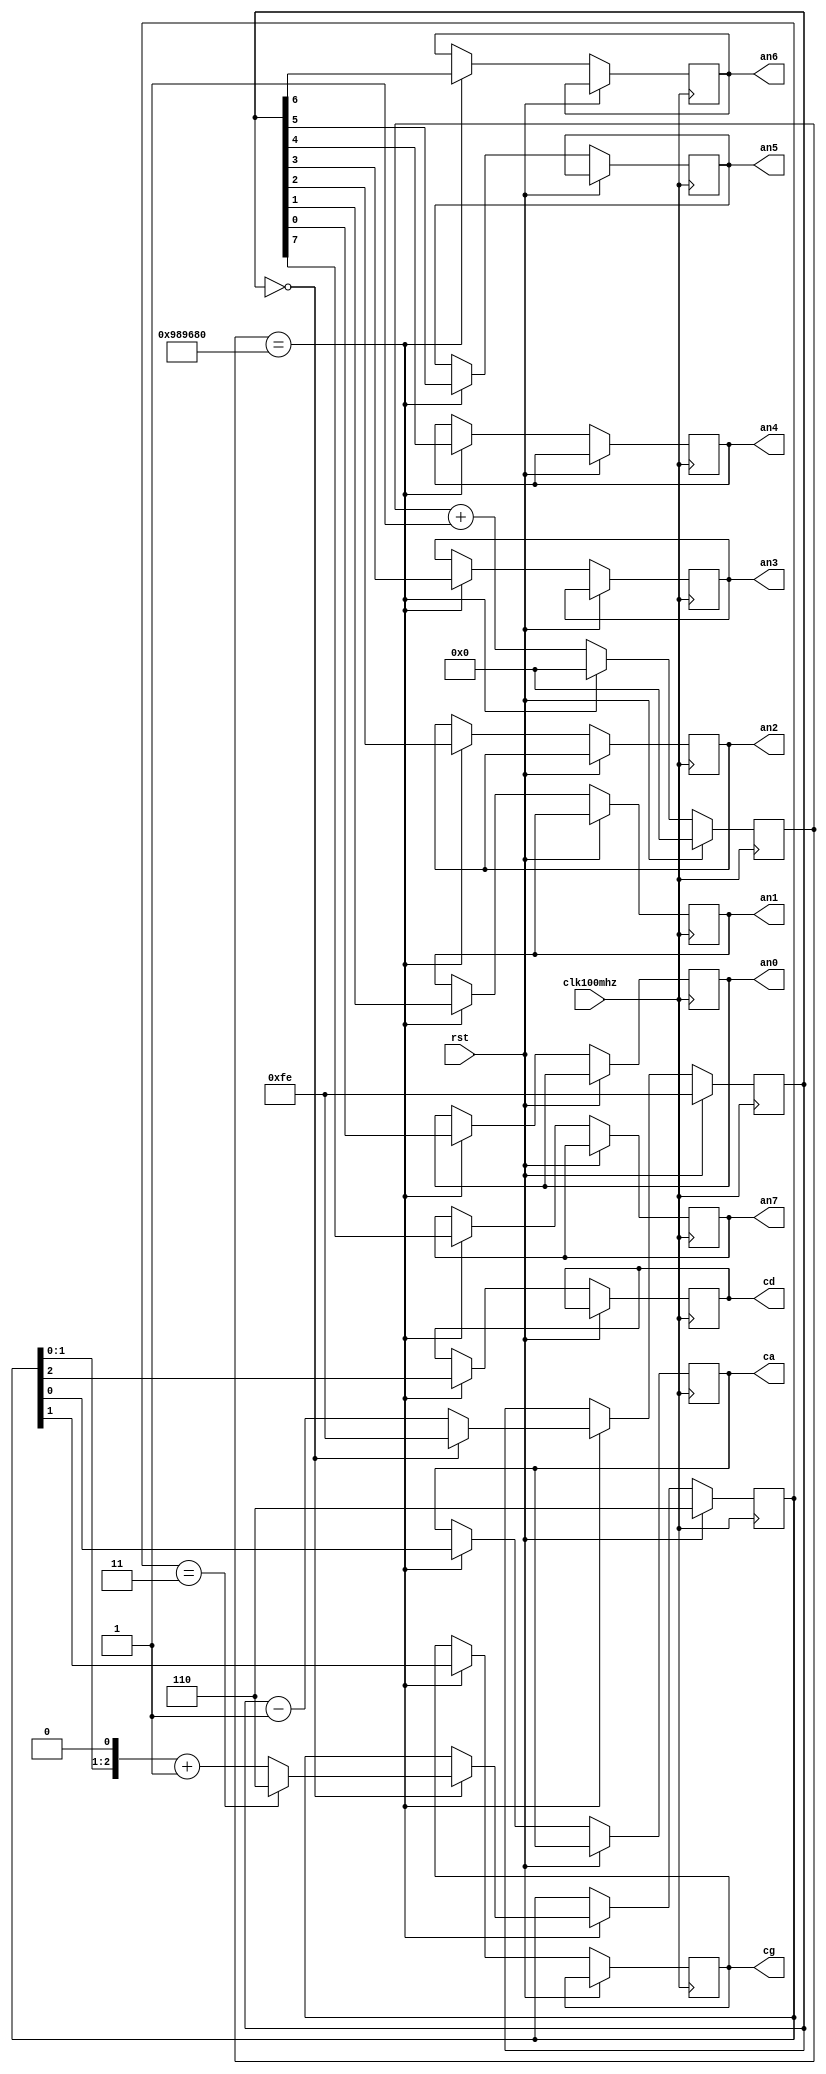
module SEGMENT(
		input clk100mhz,
		input rst,
		output ca,
		output cd,
		output cg,
		
		output an0,
		output an1,
		output an2,
		output an3,
		output an4,
		output an5,
		output an6,
		output an7
    );
	 
reg [31:0] count;
reg [7:0] an;
reg [2:0] seg;
reg ca,cd,cg;
reg an7,an6,an5,an4,an3,an2,an1,an0;


always@(posedge clk100mhz )	 
begin
		if(rst)begin
			count  <= 32'd0;
			an  <= 8'b11111110;
			seg <= 3'b110;
		end
		else if(count  == 32'd10_000_000) begin
				if(an == 8'b00000000)begin
					an  <= 8'b11111110;
					if(seg == 3'b011)
						seg <= 3'b110;
					else
						seg  <= (seg<<1)+1'b1;
				end
				else
					an  <= an-1'b1;
			{an7,an6,an5,an4,an3,an2,an1,an0} <= an;
			{cd,cg,ca} <= seg;
			count  <=  32'd0;
		end
		else
			count  <=  count + 1'b1;
end


endmodule